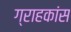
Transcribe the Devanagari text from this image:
ग्राहकांस